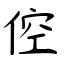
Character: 倥